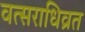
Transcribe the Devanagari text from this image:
वत्सराधिव्रत